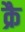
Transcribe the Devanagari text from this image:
क्रै